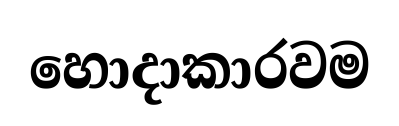
හොදාකාරවම